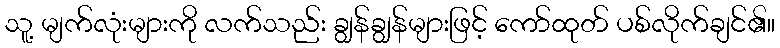
သူ့ မျက်လုံးများကို လက်သည်း ချွန်ချွန်များဖြင့် ကော်ထုတ် ပစ်လိုက်ချင်၏။